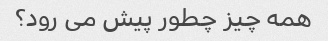
همه چیز چطور پیش می رود؟